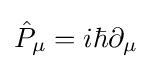
{\hat {P}}_{\mu }=i\hbar \partial _{\mu }